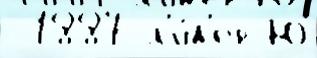
 1887 л'и́д'ер Ю